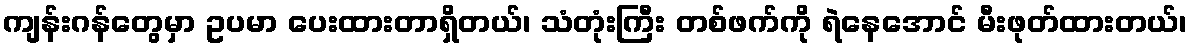
ကျန်းဂန်တွေမှာ ဥပမာ ပေးထားတာရှိတယ်၊ သံတုံးကြီး တစ်ဖက်ကို ရဲနေအောင် မီးဖုတ်ထားတယ်၊